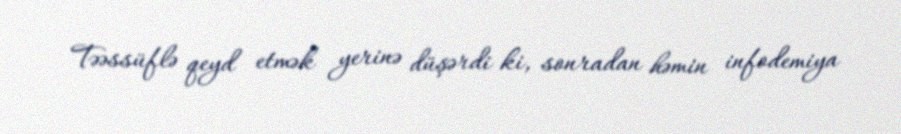
Təəssüflə qeyd etmək yerinə düşərdi ki, sonradan həmin infodemiya